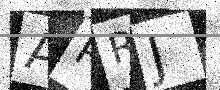
Text: APRJ